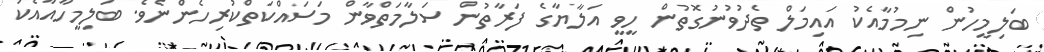
ބަލިމީހުން ނިމުމާއެކު އައިމަލް ތެދުވުނުގޮތުން ހީވީ އަލާޔާގެ ފަރާތުން ސަލާމަތްވާން މަސައްކަތްކުރިހެންނެވެ. ބަލިމީހާއާއެކު